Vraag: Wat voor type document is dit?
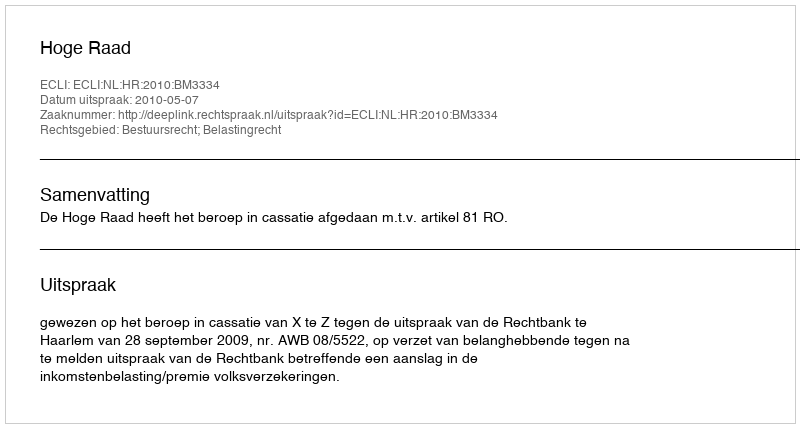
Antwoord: Uitspraak